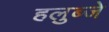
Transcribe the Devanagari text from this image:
हलुब्जे